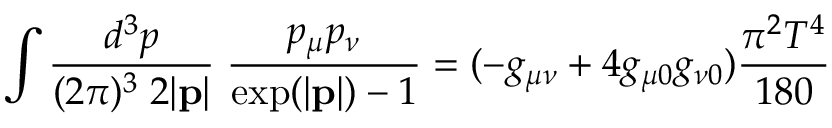
\int \frac { d ^ { 3 } p } { ( 2 \pi ) ^ { 3 } \; 2 | { \bf p } | } \; \frac { p _ { \mu } p _ { \nu } } { \mathrm { e x p } ( | { \bf p } | ) - 1 } = ( - g _ { \mu \nu } + 4 g _ { \mu 0 } g _ { \nu 0 } ) \frac { \pi ^ { 2 } T ^ { 4 } } { 1 8 0 }